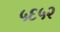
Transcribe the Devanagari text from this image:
५६५२